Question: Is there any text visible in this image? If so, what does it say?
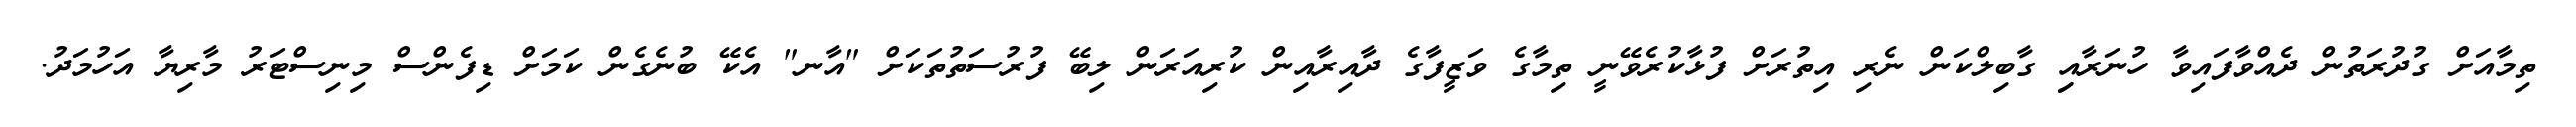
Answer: ތިމާއަށް ގުދުރަތުން ދެއްވާފައިވާ ހުނަރާއިި ގާބިލްކަން ނެރި އިތުރަށް ފުޅާކުރެވޭނީ ތިމާގެ ވަޒީފާގެ ދާއިރާއިން ކުރިއަރަން ލިބޭ ފުރުސަތުތަކަށް "އާނ" އެކޭ ބުނެގެން ކަމަށް ޑިފެންސް މިނިސްޓަރު މާރިޔާ އަހުމަދު.